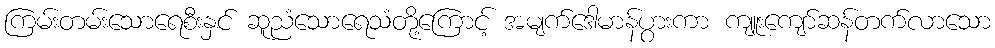
ကြမ်းတမ်းသောရေစီးနှင် ဆူညံသောရေသံတို့ကြောင့် အမျက်ဒေါမာန်ပွားကာ ကျူးကျော်ဆန်တက်လာသော